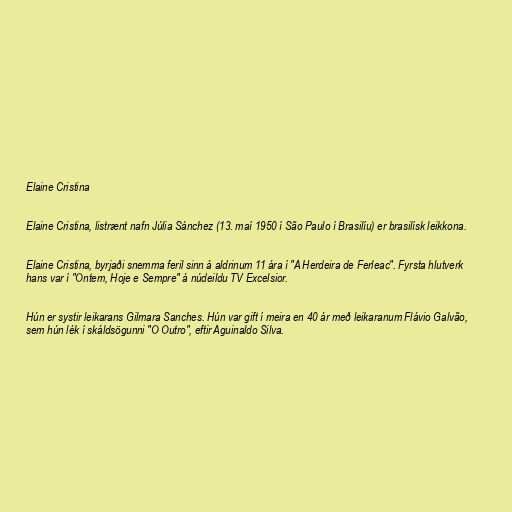
Elaine Cristina

Elaine Cristina, listrænt nafn Júlia Sánchez (13. maí 1950 í São Paulo í Brasilíu) er brasilísk leikkona.

Elaine Cristina, byrjaði snemma feril sinn á aldrinum 11 ára í "A Herdeira de Ferleac". Fyrsta hlutverk
hans var í "Ontem, Hoje e Sempre" á núdeildu TV Excelsior.

Hún er systir leikarans Gilmara Sanches. Hún var gift í meira en 40 ár með leikaranum Flávio Galvão,
sem hún lék í skáldsögunni "O Outro", eftir Aguinaldo Silva.